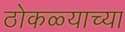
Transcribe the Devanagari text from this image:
ठोकळ्याच्या